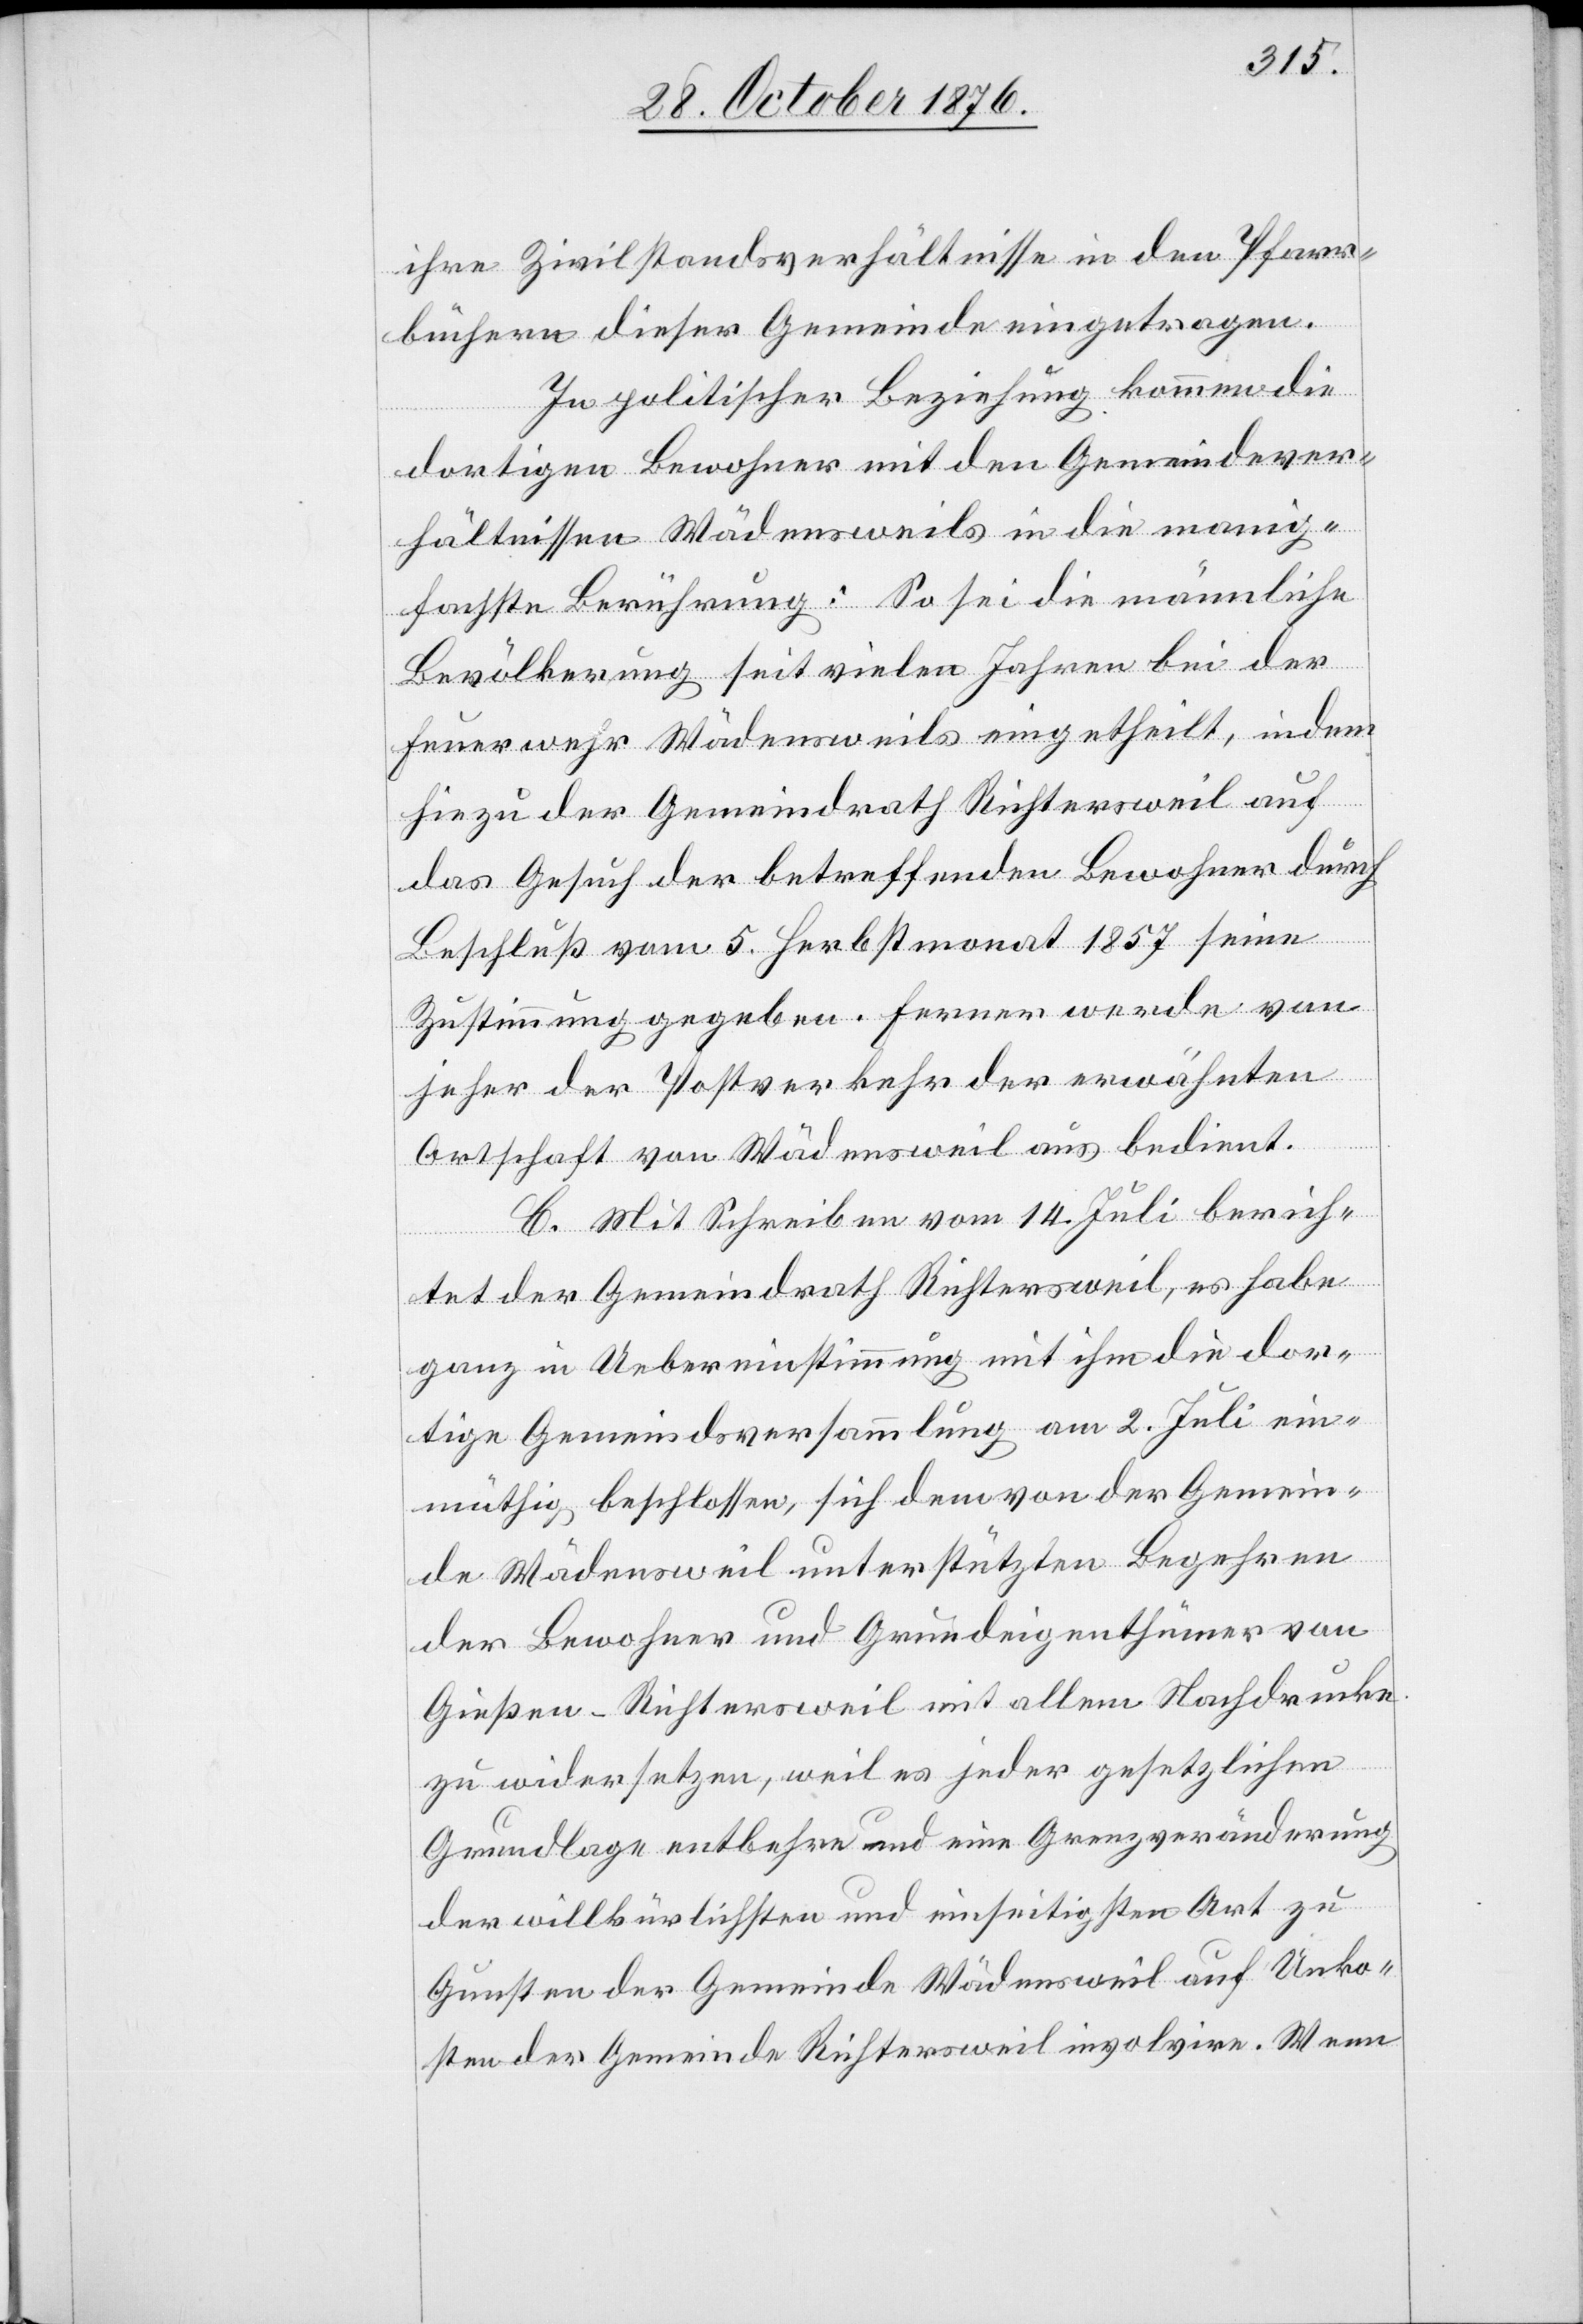
ihre Zivilstandsverhältnisse in den Pfarr¬
büchern dieser Gemeinde eingetragen.
In politischer Beziehung kommen die
dortigen Bewohner mit den Gemeindever¬
hältnissen Wädensweils in die mannig¬
fachste Berührung: So sei die männliche
Bevölkerung seit vielen Jahren bei der
Feuerwehr Wädensweils eingetheilt, indem
hiezu der Gemeindrath Richtersweil auf
das Gesuch der betreffenden Bewohner durch
Beschluß vom 5. Herbstmonat 1875 seine
Zustimmung gegeben. Ferner werde von
jeher der Postverkehr der erwähnten
Ortschaft von Wädensweil aus bedient.
C. Mit Schreiben vom 14. Juli berich¬
tet der Gemeindrath Richtersweil, es habe
ganz in Uebereinstimmung mit ihm die dor¬
tige Gemeindeversammlung am 2. Juli ein¬
müthig beschlossen, sich dem von der Gemein¬
de Wädensweil unterstützten Begehren
der Bewohner und Grundeigenthümer von
Gießen-Richtersweil mit allem Nachdrucke
zu widersetzen, weil es jeder gesetzlichen
Grundlage entbehre und eine Grenzveränderung
der willkürlichsten und einseitigsten Art zu
Gunsten der Gemeinde Wädensweil auf Unko¬
sten der Gemeinde Richterweil involvire. Wenn